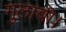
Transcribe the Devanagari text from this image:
गुलाबी।